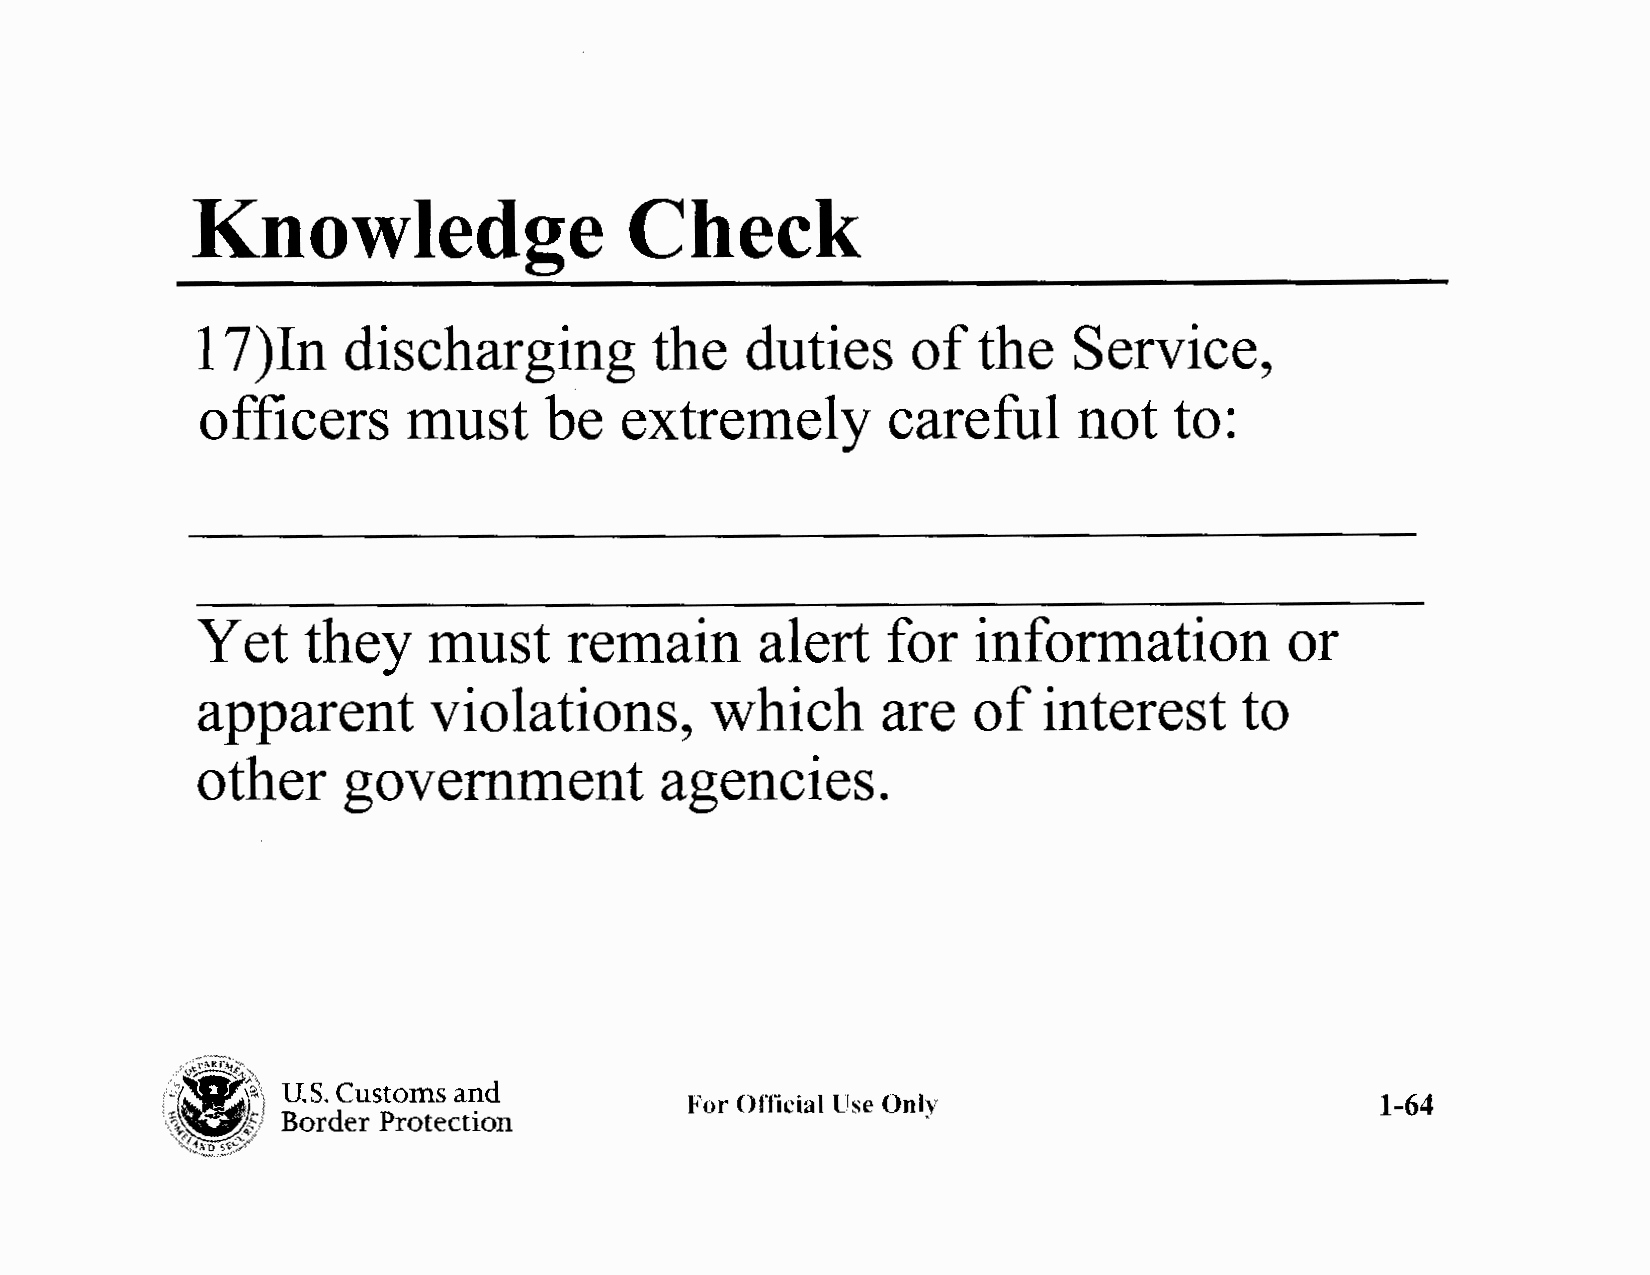
Knowledge                    Check
 17  )In   discharging         the   duties     of   the   Service,
 officers      must     be   extremely         careful     not    to:
 Yet    they    must     remain       alert    for  information          or
 apparent       violations,        which      are   of   interest     to
 other     government           agencies.
 U.S. Customs and
 For Official lJse Only                        1-64
 Border Protection